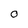
Character: o